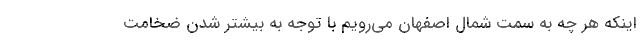
اینکه هر چه به سمت شمال اصفهان می‌رویم با توجه به بیشتر شدن ضخامت